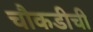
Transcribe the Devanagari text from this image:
चौकडीची